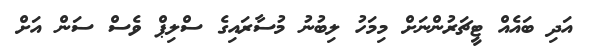
އަދި ބައެއް ޓީޗަރުންނަށް މިމަހު ލިބުނު މުސާރައިގެ ސްލިޕް ވެސް ސަން އަށް